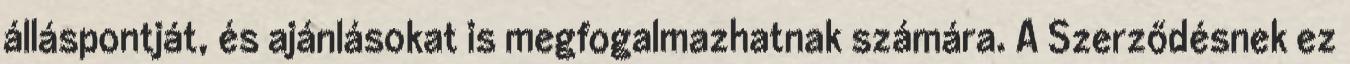
álláspontját, és ajánlásokat is megfogalmazhatnak számára. A Szerződésnek ez